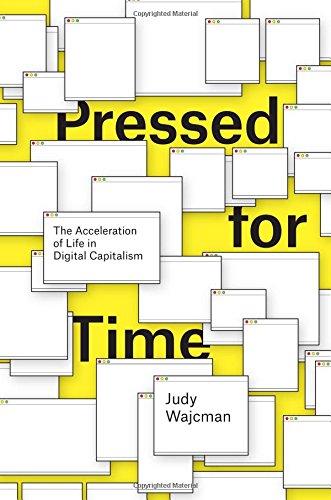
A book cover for Pressed for Time: The Acceleration of Life in Digital Capitalism; Judy Wajcman; Computers & Technology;